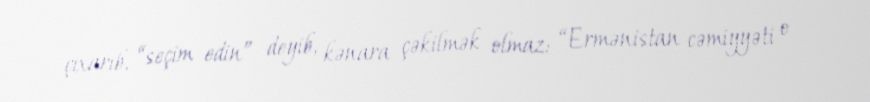
çıxarıb, “seçim edin” deyib, kənara çəkilmək olmaz: “Ermənistan cəmiyyəti o